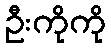
ဦးကိုကို